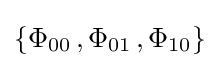
\{\Phi _{00}\,,\Phi _{01}\,,\Phi _{10}\}